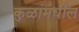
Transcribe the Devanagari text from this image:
कुळांमधील